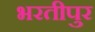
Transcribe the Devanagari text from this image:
भरतीपुर